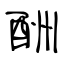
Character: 酬